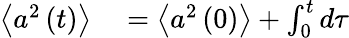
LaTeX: \begin{array}{rl}{\left\langle a^{2}\left(t\right)\right\rangle}&{{}=\left\langle a^{2}\left(0\right)\right\rangle+\int_{0}^{t}d\tau}\end{array}